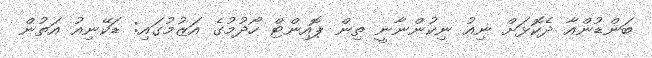
ބަންޑުންއާ ދެކޮޅަށް ނިއު ނިކުންނާނީ ތިން ޕޮއިންޓް ހޯދުމުގެ އަޒުމުގައި: ޑަކޭނިއު އަތުން